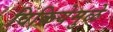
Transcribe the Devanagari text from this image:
विक्रियेमुळे